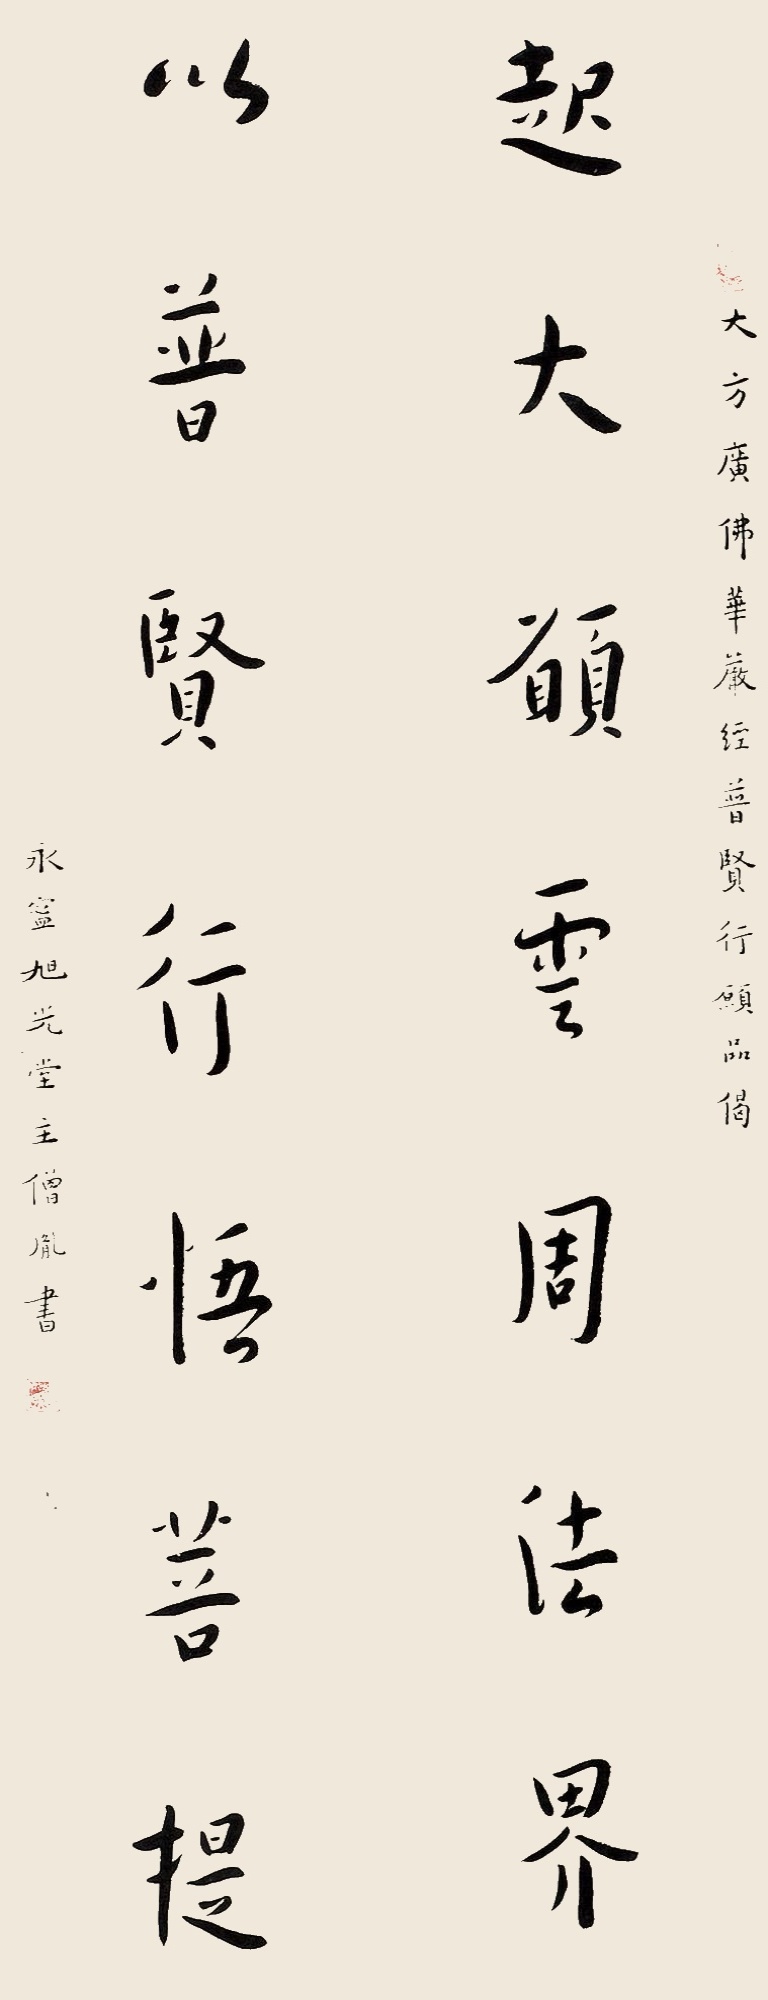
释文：起大愿云周法界，以普贤行悟菩提。大方广佛华岩经普贤行愿品偈，永宁旭光堂主僧胤书。